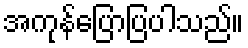
အကုန်ပြောပြပါသည်။